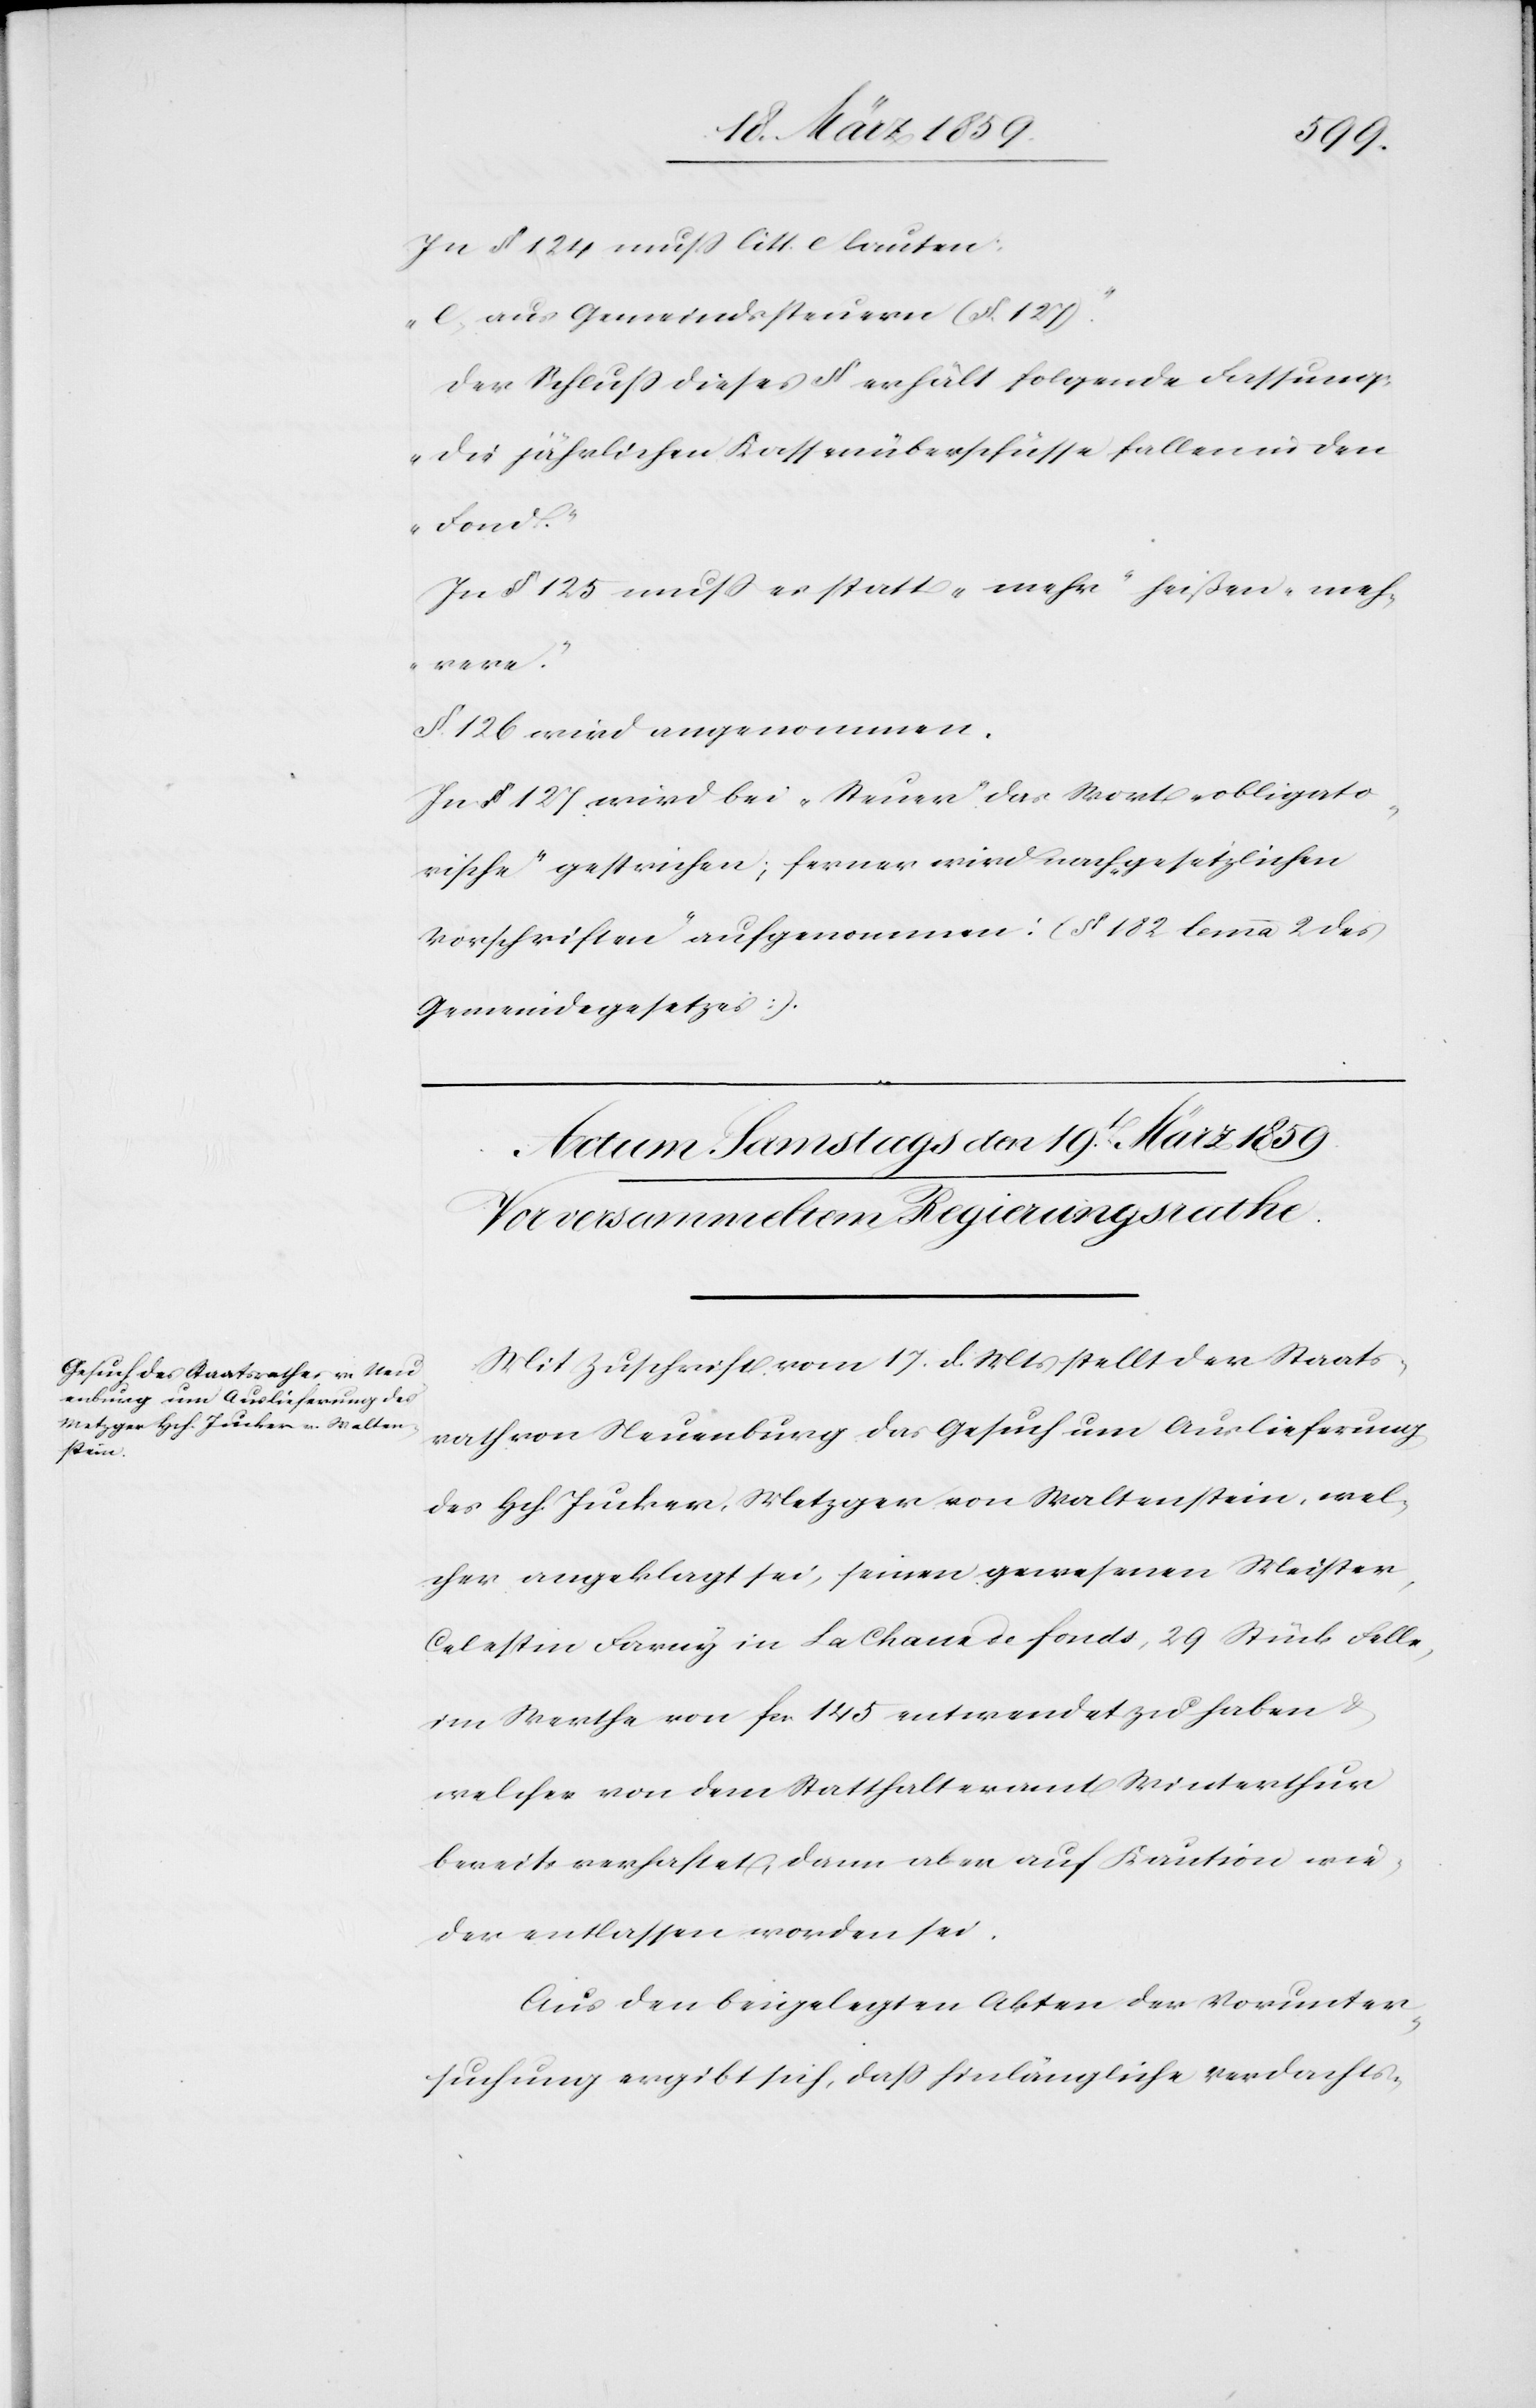
In § 124 muß litt. e lauten:
„e) aus Gemeindssteuern (§. 127).“
Der Schluß dieses § erhält folgende Fassung:
„Die jährlichen Kassenüberschüsse fallen in den
Fond.“
In § 125 muß es statt „mehr“ heißen „meh¬
rere“.
§. 126 wird angenommen.
In § 127. wird bei „Steuer“ das Wort „obligato¬
rische“ gestrichen; ferner wird nach „gesetzlichen
Vorschriften“ aufgenommen: [§ 182 Lemma 2 des
Gemeindegesetzes].
Mit Zuschrift vom 17. d. Mts stellt der Staats¬
rath von Neuenburg das Gesuch um Auslieferung
des Hch. Jucker, Metzger von Waltenstein, wel¬
cher angeklagt sei, seinen gewesenen Meister
Celestin Faruy in La Chaux de Fonds, 29 Stück Felle,
im Werthe von fcs. 145 entwendet zu haben &
welcher von dem Statthalteramt Winterthur
bereits verhaftet, dann aber auf Kaution wie¬
der entlassen worden sei.
Aus den beigelegten Akten der Vorunter¬
suchung ergibt sich, daß hinlängliche Verdachts-